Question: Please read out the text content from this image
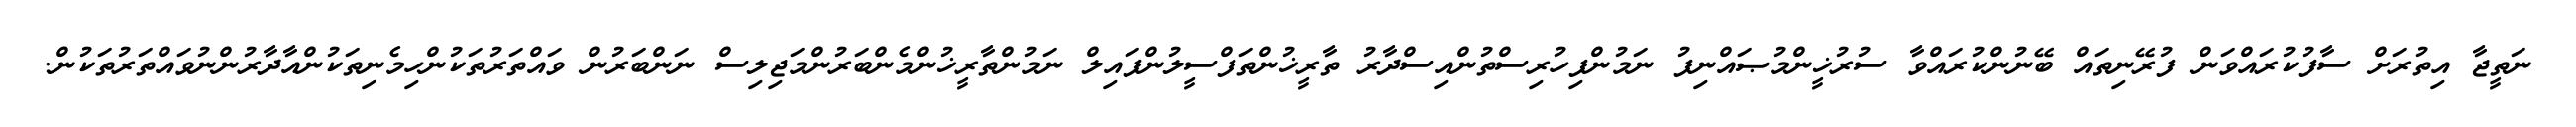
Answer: ނަތީޖާ އިތުރަށް ސާފުކުރައްވަން ފުރޭނިތައް ބޭނުންކުރައްވާ ސުރުޚީންމުޞައްނިފު ނަމުންފިހުރިސްތުންއިސްދާރު ތާރީޚުންތަފްސީލުންފައިލް ނަމުންތާރީޚުންމެންބަރުންމަޖިލިސް ނަންބަރުން ވައްތަރުތަކުންހިމެނިތަކުންއާދާރުންނުވައްތަރުތަކުން.